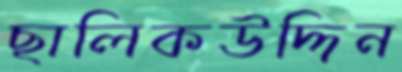
ছালিকউদ্দিন